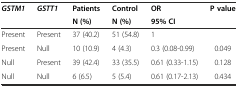
<table><thead><tr><td rowspan="2"><b><i>GSTM1</i></b></td><td rowspan="2"><b><i>GSTT1</i></b></td><td><b>Patients</b></td><td><b>Control</b></td><td><b>OR</b></td><td rowspan="2"><b>P value</b></td></tr><tr><td><b>N (%)</b></td><td><b>N (%)</b></td><td><b>95% CI</b></td></tr></thead><tbody><tr><td>Present</td><td>Present</td><td>37 (40.2)</td><td>51 (54.8)</td><td>1</td><td></td></tr><tr><td>Present</td><td>Null</td><td>10 (10.9)</td><td>4 (4.3)</td><td>0.3 (0.08-0.99)</td><td>0.049</td></tr><tr><td>Null</td><td>Present</td><td>39 (42.4)</td><td>33 (35.5)</td><td>0.61 (0.33-1.15)</td><td>0.128</td></tr><tr><td>Null</td><td>Null</td><td>6 (6.5)</td><td>5 (5.4)</td><td>0.61 (0.17-2.13)</td><td>0.434</td></tr></tbody></table>